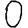
Digit: 0